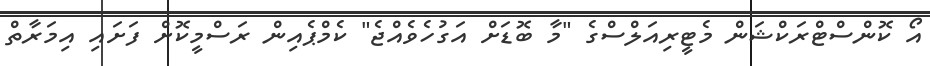
އޯ ކޮންސްޓްރަކްޝަން މެޓީރިއަލްސްގެ "މާ ބޮޑަށް އަގުހެވެއްޖެ" ކެމްޕެއިން ރަސްމީކޮށް ފަށައި އިމަރާތް